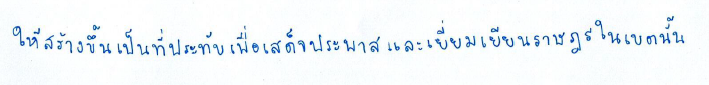
ให้สร้างขึ้นเป็นที่ประทับเพื่อเสด็จประพาสและเยี่ยมเยียนราษฎรในเขตนั้น